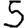
Digit: 5